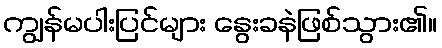
ကျွန်မပါးပြင်များ နွေးခနဲဖြစ်သွား၏။